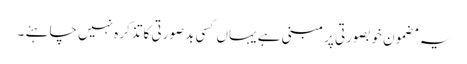
یہ مضمون خوبصورتی پر مبنی ہے یہاں کسی بدصورتی کا تذکرہ نہیں چاہئے ۔